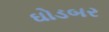
ઘોડબર